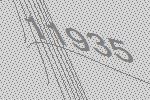
11935